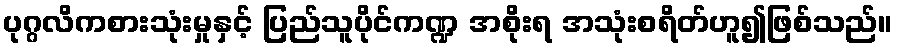
ပုဂ္ဂလိကစားသုံးမှုနှင့် ပြည်သူပိုင်ကဏ္ဍ အစိုးရ အသုံးစရိတ်ဟူ၍ဖြစ်သည်။